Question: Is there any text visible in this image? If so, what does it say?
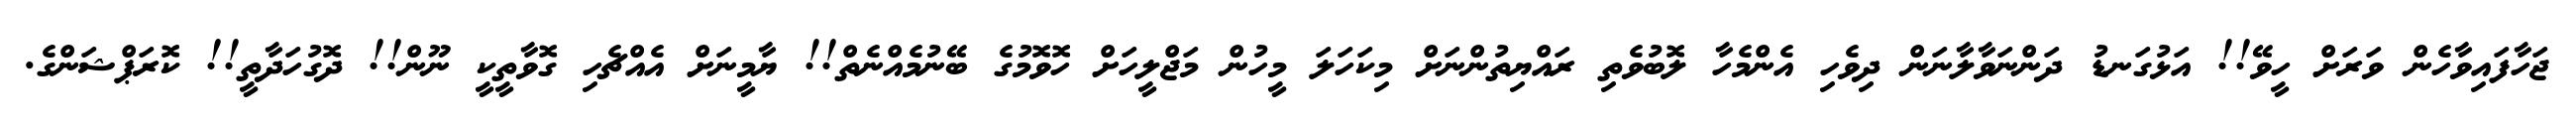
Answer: ޖަހާފައިވާހެން ވަރަށް ހީވޭ!! އަޅުގަނޑު ދަންނަވާލާނަން ދިވެހި އެންމެހާ ލޮބުވެތި ރައްޔިތުންނަށް މިކަހަލަ މީހުން މަޖްލީހަށް ހޮވޮމުގެ ބޭނުމެއްނެތް!! ޔާމީނަށް އެއްޗެހި ގޮވާތީކީ ނޫން!! ދޮގުހަދާތީ!! ކޮރަޕްޝަންގެ.